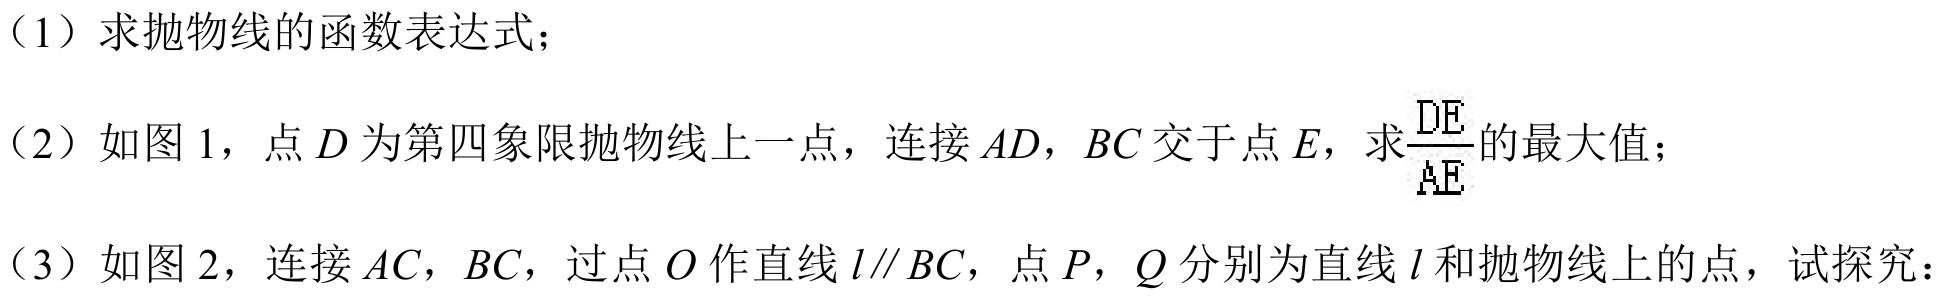
（1）求抛物线的函数表达式；
（2）如图 1，点\(D\)为第四象限抛物线上一点，连接\(AD\)，\(BC\)交于点\(E\)，求\(\frac{DE}{AE}\)的最大值；
（3）如图 2，连接\(AC\)，\(BC\)，过点\(O\)作直线\(l\parallel BC\)，点\(P\)，\(Q\)分别为直线\(l\)和抛物线上的点，试探究：